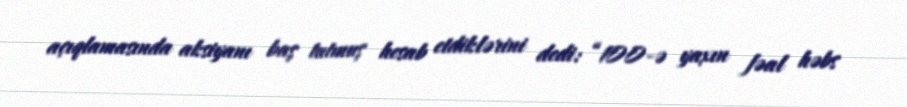
açıqlamasında aksiyanı baş tutmuş hesab etdiklərini dedi: “100-ə yaxın fəal həbs